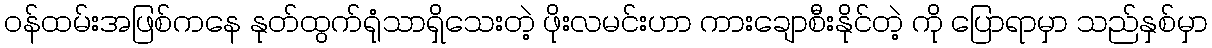
ဝန်ထမ်းအဖြစ်ကနေ နုတ်ထွက်ရုံသာရှိသေးတဲ့ ဖိုးလမင်းဟာ ကားချောစီးနိုင်တဲ့ ကို ပြောရာမှာ သည်နှစ်မှာ